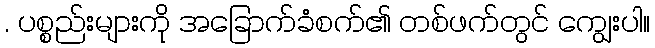
. ပစ္စည်းများကို အခြောက်ခံစက်၏ တစ်ဖက်တွင် ကျွေးပါ။